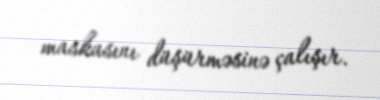
maskasını düşürməsinə çalışır.